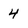
Character: 4